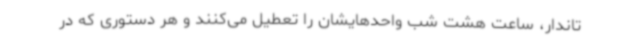
تاندار، ساعت هشت شب واحدهایشان را تعطیل می‌کنند و هر دستوری که در